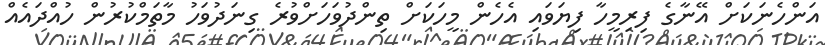
އަންހެނަކަށް އޭނާގެ ފިރިމީހާ ފިޔަވައި އެހެން މީހަކަށް ތިންދުވަހަށްވުރެ ގިނަދުވަހު މާތަމްކުރުން ހުއްދައެއް